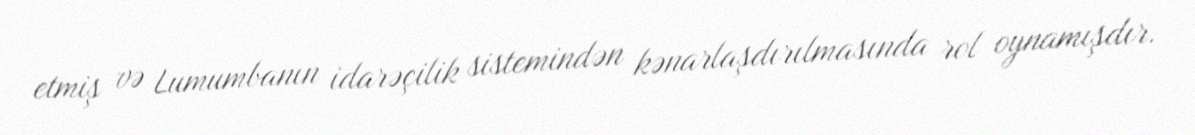
etmiş və Lumumbanın idarəçilik sistemindən kənarlaşdırılmasında rol oynamışdır.